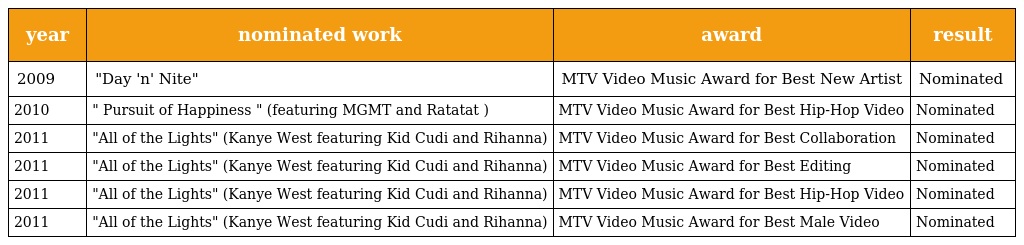
| year | nominated work | award | result |
 | --- | --- | --- | --- |
 | 2009 | "Day 'n' Nite" | MTV Video Music Award for Best New Artist | Nominated |
 | 2010 | " Pursuit of Happiness " (featuring MGMT and Ratatat ) | MTV Video Music Award for Best Hip-Hop Video | Nominated |
 | 2011 | "All of the Lights" (Kanye West featuring Kid Cudi and Rihanna) | MTV Video Music Award for Best Collaboration | Nominated |
 | 2011 | "All of the Lights" (Kanye West featuring Kid Cudi and Rihanna) | MTV Video Music Award for Best Editing | Nominated |
 | 2011 | "All of the Lights" (Kanye West featuring Kid Cudi and Rihanna) | MTV Video Music Award for Best Hip-Hop Video | Nominated |
 | 2011 | "All of the Lights" (Kanye West featuring Kid Cudi and Rihanna) | MTV Video Music Award for Best Male Video | Nominated |